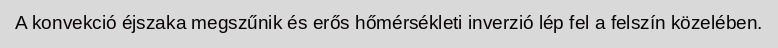
A konvekció éjszaka megszűnik és erős hőmérsékleti inverzió lép fel a felszín közelében.